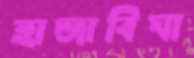
হাজাবিঘা